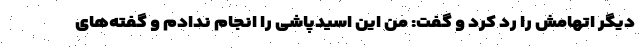
دیگر اتهامش را رد کرد و گفت: من این اسیدپاشی را انجام ندادم و گفته‌های